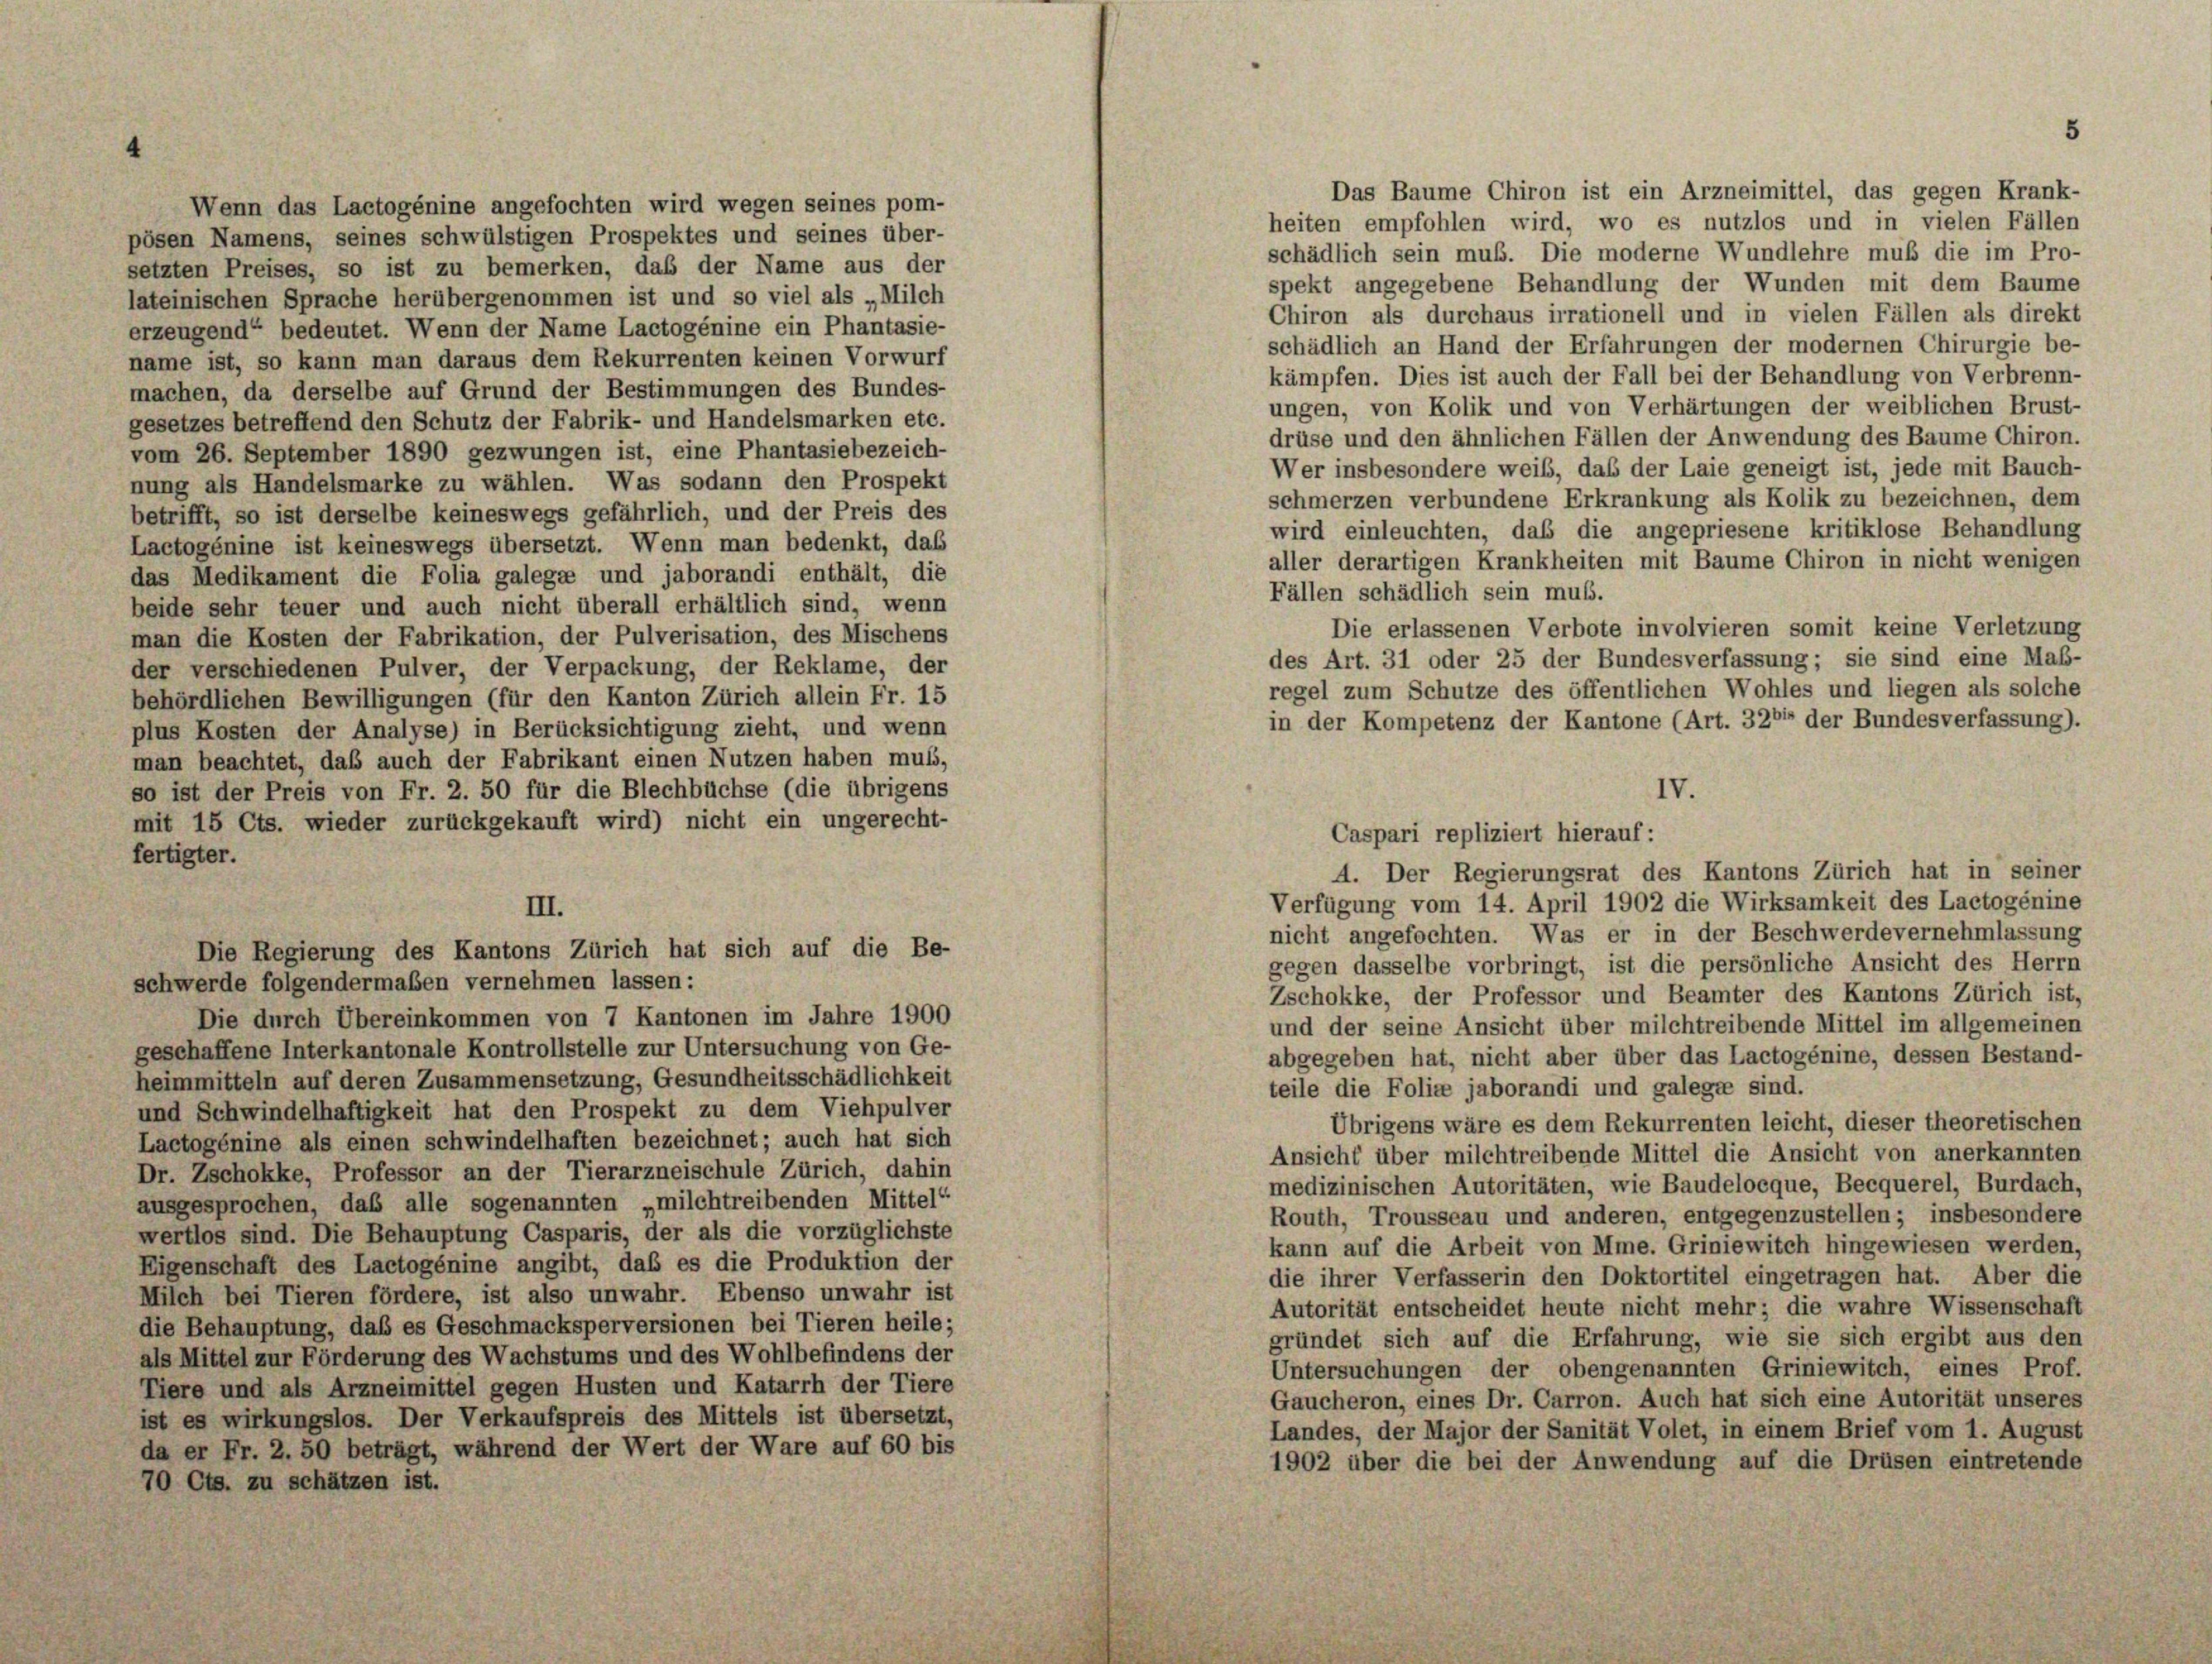
setzten Preises, so ist zu bemerken, daß der Name aus der
name ist, so kann man daraus dem Rekurrenten keinen Vorwurf
machen, da derselbe auf Grund der Bestimmungen des Bundes-
gesetzes betreffend den Schutz der Fabrik- und Handelsmarken etc.
vom 26. September 1890 gezwungen ist, eine Phantasiebezeich-
nung als Handelsmarke zu wählen. Was sodann den Prospekt
betrifft, so ist derselbe keineswegs gefährlich, und der Preis des
Lactogénine ist keineswegs übersetzt. Wenn man bedenkt, das
das Medikament die Folia galegte und jaborandi enthält, die
beide sehr teuer und auch nicht überall erhältlich sind, wenn
man die Kosten der Fabrikation, der Pulverisation, des Mischens
der verschiedenen Pulver, der Verpackung, der Reklame, der
behördlichen Bewilligungen (für den Kanton Zürich allein Fr. 15
plus Kosten der Analyse) in Berücksichtigung zieht, und wenn
man beachtet, daß auch der Fabrikant einen Nutzen haben muss,
so ist der Preis von Fr. 2. 50 für die Blechbüchse (die übrigens
mit 15 Cts. wieder zurückgekauft wird) nicht ein ungerecht-
fertigter.
III.
Die Regierung des Kantons Zürich hat sich auf die Be-
schwerde folgendermaßen vernehmen lassen:
Die durch Übereinkommen von 7 Kantonen im Jahre 1900
geschaffene Interkantonale Kontrollstelle zur Untersuchung von Ge-
heimmitteln auf deren Zusammensetzung, Gesundheitsschädlichkeit
und Schwindelhaftigkeit hat den Prospekt zu dem Viehpulver
Lactogénine als einen schwindelhaften bezeichnet; auch hat sich
Dr. Zschokke, Professor an der Tierarzneischule Zürich, dahin
ausgesprochen, daß alle sogenannten „milchtreibenden Mittel-
wertlos sind. Die Behauptung Casparis, der als die vorzüglichste
Eigenschaft des Lactogénine angibt, daß es die Produktion der
Milch bei Tieren fördere, ist also unwahr. Ebenso unwahr ist
die Behauptung, daß es Geschmacksperversionen bei Tieren heile;
als Mittel zur Förderung des Wachstums und des Wohlbefindens der
Tiere und als Arzneimittel gegen Husten und Katarrh der Tiere
ist es wirkungslos. Der Verkaufspreis des Mittels ist übersetzt,
da er Fr. 2. 50 beträgt, während der Wert der Ware auf 60 bis
70 Cts. zu schätzen ist.

Wenn das Lactogénine angefochten wird wegen seines pom-
pösen Namens, seines schwülstigen Prospektes und seines über-
lateinischen Sprache herübergenommen ist und so viel als „Milch
erzeugend“ bedeutet. Wenn der Name Lactogénine ein Phantasie-

schädlich sein muß. Die moderne Wundlehre muß die im Pro-
spekt angegebene Behandlung der Wunden mit dem Baume
Chiron als durchaus irrationell und in vielen Fällen als direkt
schädlich an Hand der Erfahrungen der modernen Chirurgie be-
kämpfen. Dies ist auch der Fall bei der Behandlung von Verbrenn-
ungen, von Kolik und von Verhärtungen der weiblichen Brust-
drüse und den ähnlichen Fällen der Anwendung des Baume Chiron.
nicht angefochten. Was er in der Beschwerde vernehmlassung
gegen dasselbe vorbringt, ist die persönliche Ansicht des Herrn
Zschokke, der Professor und Beamter des Kantons Zürich ist,
und der seine Ansicht über milchtreibende Mittel im allgemeinen
abgegeben hat, nicht aber über das Lactogénine, dessen Bestand-
teile die Folice jaborandi und galegte sind.
Übrigens wäre es dem Rekurrenten leicht, dieser theoretischen
Ansicht über milchtreibende Mittel die Ansicht von anerkannten
medizinischen Autoritäten, wie Baudeloeque, Becquerel, Burdach.
Routh, Trousseau und anderen, entgegenzustellen; insbesondere
kann auf die Arbeit von Mme. Griniewitch hingewiesen werden,
die ihrer Verfasserin den Doktortitel eingetragen hat. Aber die
Autorität entscheidet heute nicht mehr; die wahre Wissenschaft
gründet sich auf die Erfahrung, wie sie sich ergibt aus den
Untersuchungen der obengenannten Griniewitch, eines Prof.
Gaucheron, eines Dr. Carron. Auch hat sich eine Autorität unseres
Landes, der Major der Sanität Volet, in einem Brief vom 1. August
1902 über die bei der Anwendung auf die Drüsen eintretende

Wer insbesondere weib, daß der Laie geneigt ist, jede mit Bauch-
schmerzen verbundene Erkrankung als Kolik zu bezeichnen, dem
wird einleuchten, daß die angepriesene kritiklose Behandlung
aller derartigen Krankheiten mit Baume Chiron in nicht wenigen
Fällen schädlich sein muß.
Die erlassenen Verbote involvieren somit keine Verletzung
des Art. 31 oder 25 der Bundesverfassung; sie sind eine Maß-
regel zum Schutze des öffentlichen Wohles und liegen als solche
in der Kompetenz der Kantone (Art. 326 der Bundesverfassung).
IV.
Caspari repliziert hierauf:
4. Der Regierungsrat des Kantons Zürich hat in seiner
Verfügung vom 14. April 1902 die Wirksamkeit des Lactogénine

Das Baume Chiron ist ein Arzneimittel, das gegen Krank-
heiten empfohlen wird, wo es nutzlos und in vielen Fällen